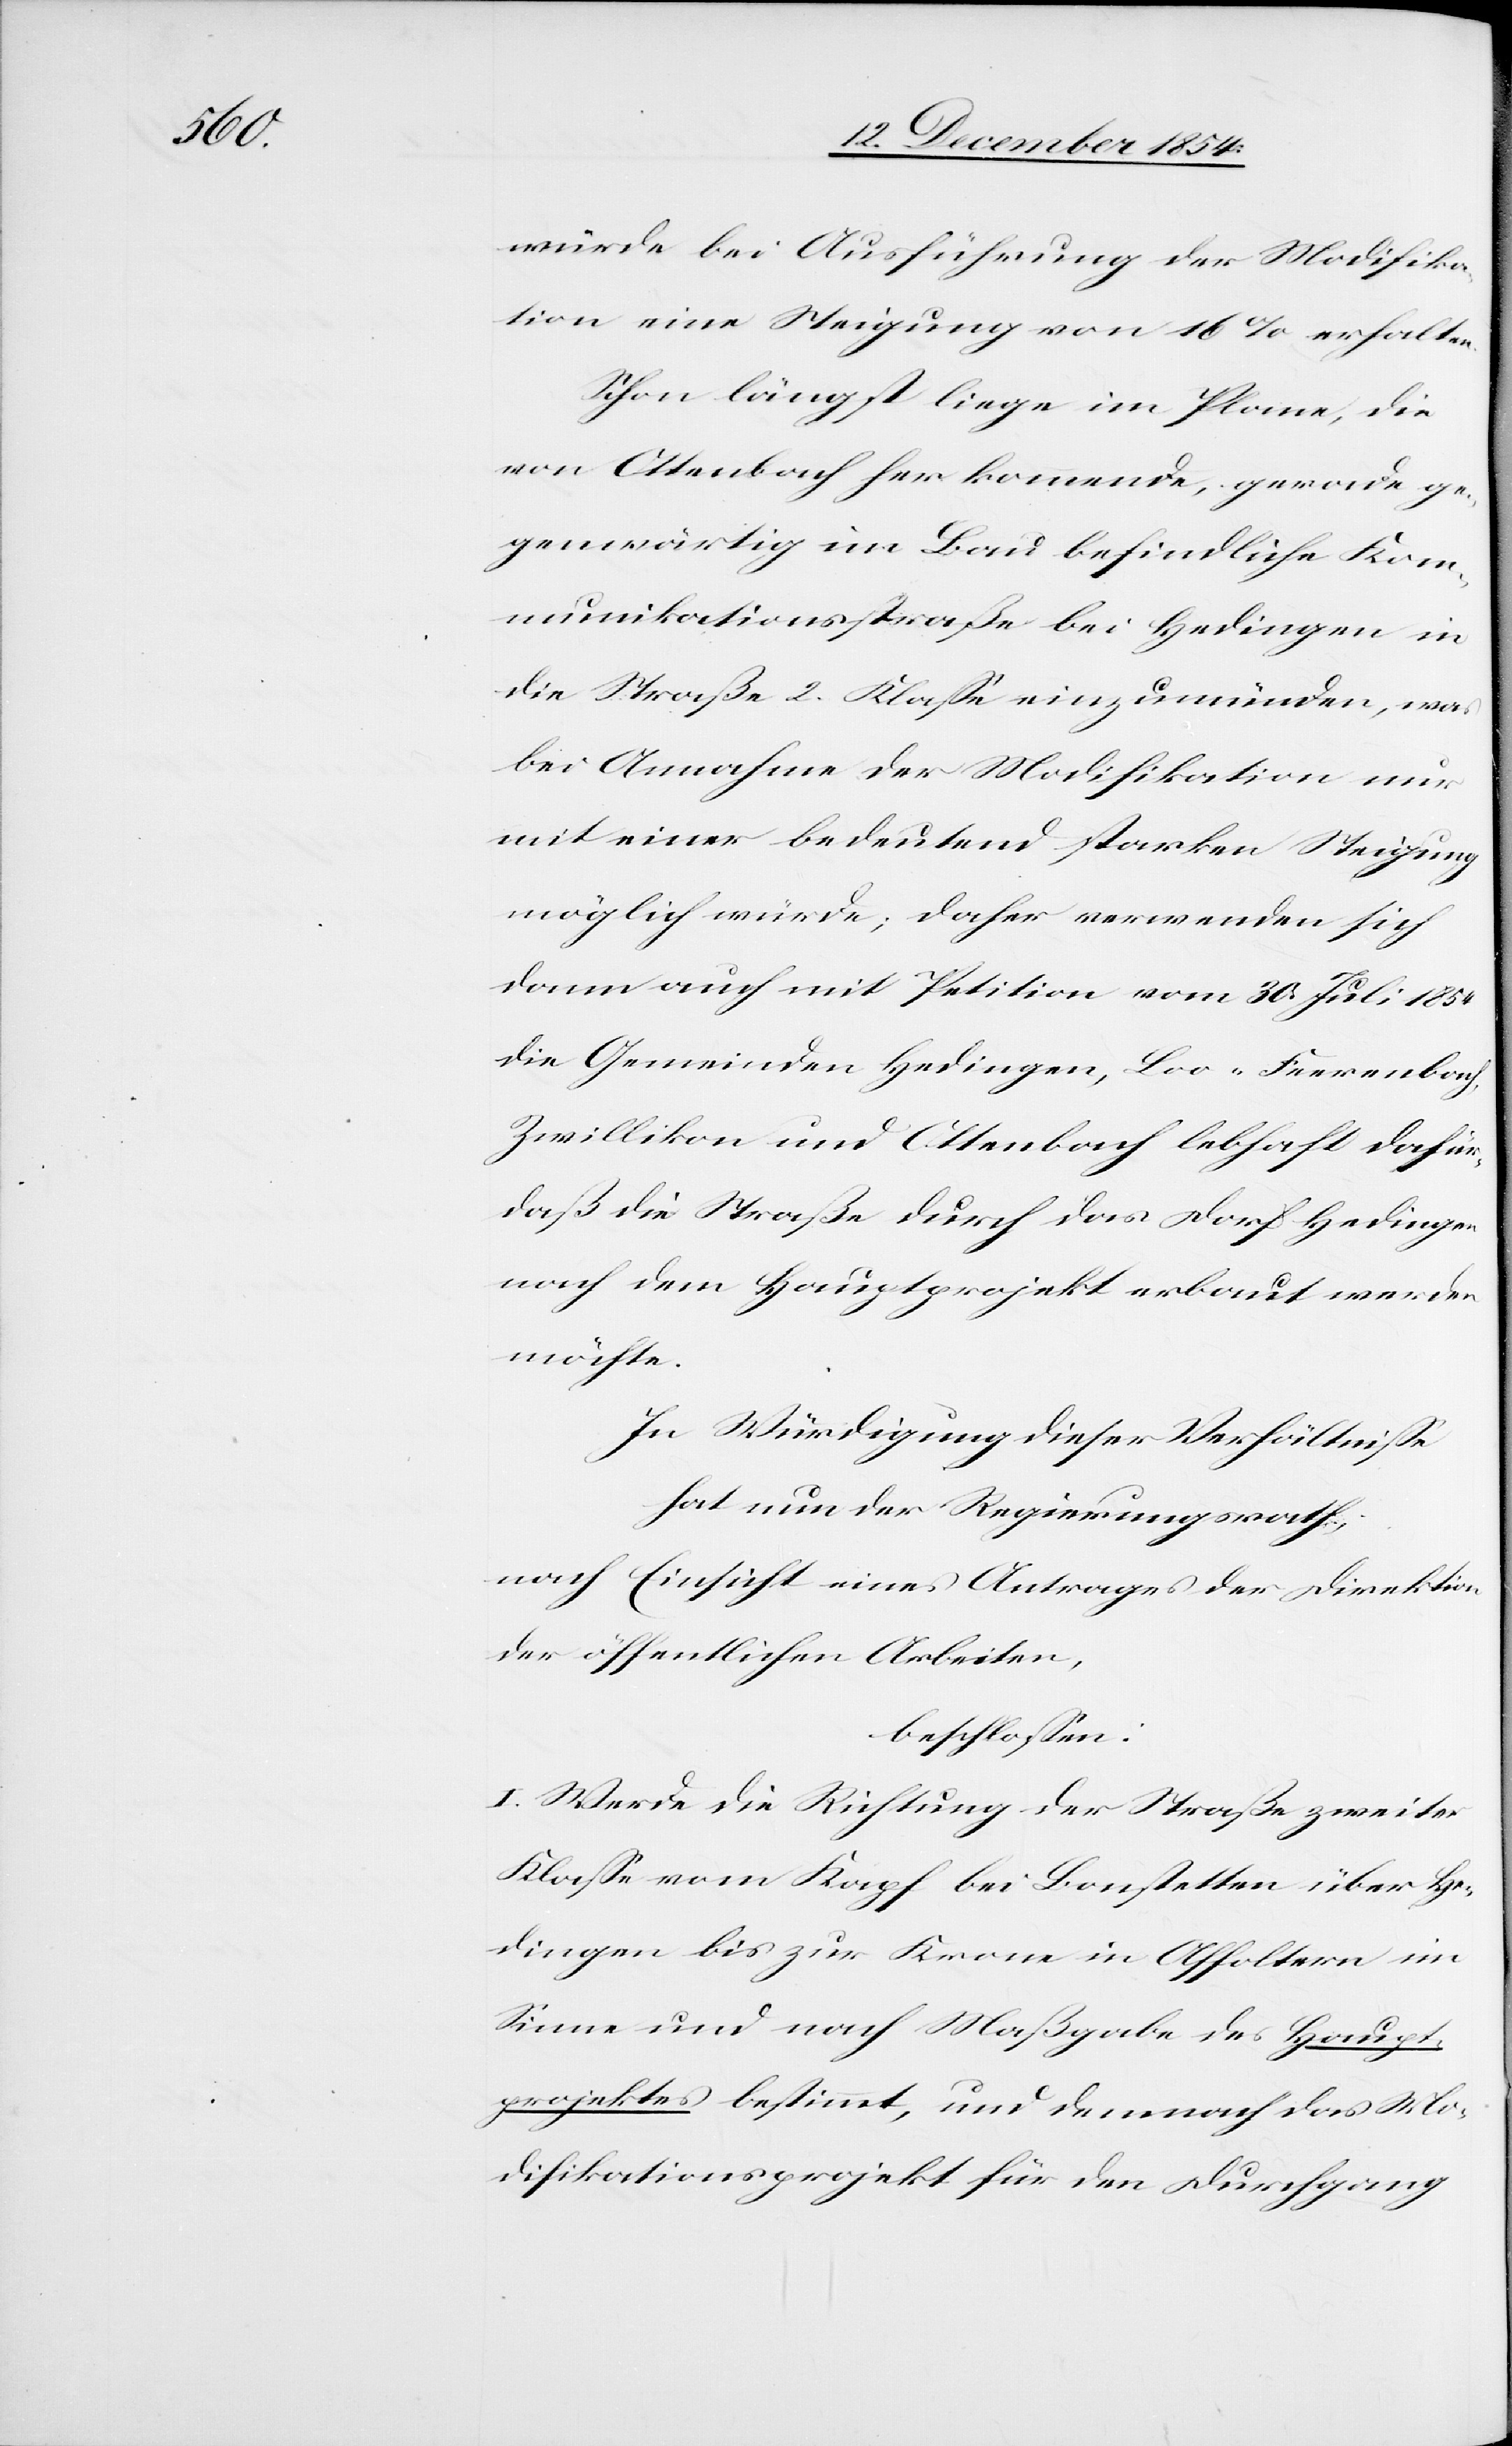
würde bei Ausführung der Modifika¬
tion eine Steigung von 16% erhalten.
Schon längst liege im Plane, die
von Ottenbach her kommende, gerade ge¬
genwärtig im Bau befindliche Kom¬
munikationsstraße bei Hedingen in
die Straße 2. Klaße einzumünden, was
bei Annahme der Modifikation nur
mit einer bedeutend starken Steigung
möglich würde; daher verwenden sich
dann auch mit Petition vom 30. Juli 1854
die Gemeinden Hedingen, Loo-Feerenbach,
Zwillikon und Ottenbach lebhaft dafür,
daß die Straße durch das Dorf Hedingen
nach dem Hauptprojekt erbaut werden
möchte.
In Würdigung dieser Verhältniße
hat nun der Regierungsrath
nach Einsicht eines Antrages der Direktion
der öffentlichen Arbeiten,
beschloßen:
I. Werde die Richtung der Straße zweiter
Klaße vom Kapf bei Bonstetten über He¬
dingen bis zur Krone in Affoltern im
Sinne und nach Maßgabe des Haut¬
projektes bestimmt, und demnach das Mo¬
difikationsprojekt für den Durchgang